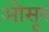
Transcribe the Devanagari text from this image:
ओसूर